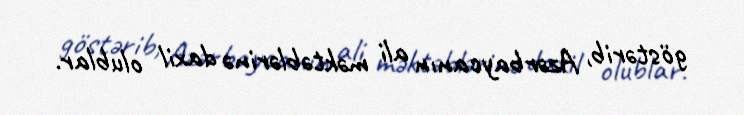
göstərib, Azərbaycanın ali məktəblərinə daxil olublar.